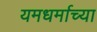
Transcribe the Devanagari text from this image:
यमधर्माच्या